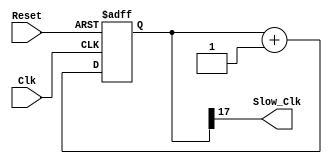
`timescale 1ns / 1ps
//////////////////////////////////////////////////////////////////////////////////
// Company: 
// Engineer: 
// 
// Design Name: 
// Module Name: Clock_Divider
// Project Name: 
// Target Devices: 
// Tool Versions: 
// Description: 
// 
// Dependencies: 
// 
// Revision:
// Revision 0.01 - File Created
// Additional Comments:
// 
//////////////////////////////////////////////////////////////////////////////////


module Clock_Divider(
    input Clk, Reset,
    output Slow_Clk
    );
  
  reg [17:0] count;
  
  always @(posedge Reset,posedge Clk )
  begin
  if(Reset)
  count <= 17'b0;
  else
  count <= count + 1'b1;
  end
   
   assign Slow_Clk = count[17]; 
endmodule